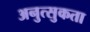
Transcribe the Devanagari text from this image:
अनुत्सुकता